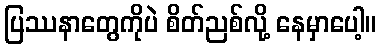
ပြဿနာတွေကိုပဲ စိတ်ညစ်လို့ နေမှာပေါ့။